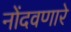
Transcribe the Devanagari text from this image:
नोंदवणारे